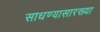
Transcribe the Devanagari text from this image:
साधण्यासारख्या